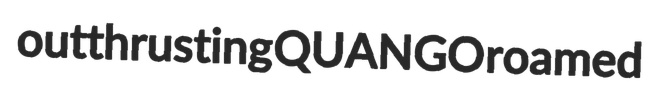
outthrusting QUANGO roamed